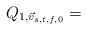
LaTeX: \begin{align*}Q_{1,\vec{v}_{s,t,f,0}}=\end{align*}